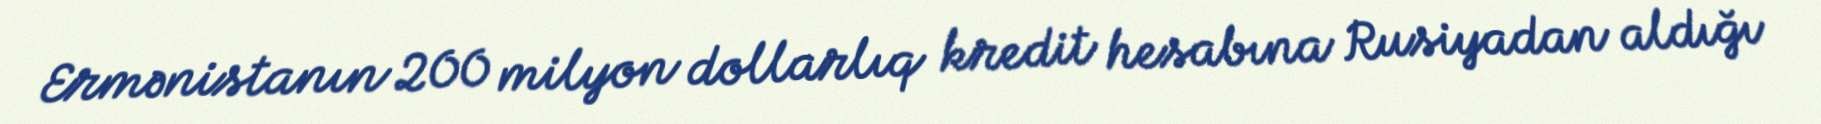
Ermənistanın 200 milyon dollarlıq kredit hesabına Rusiyadan aldığı